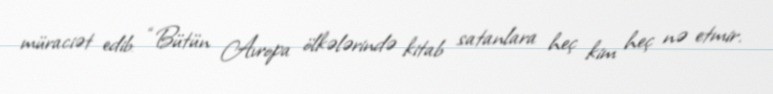
müraciət edib: “Bütün Avropa ölkələrində kitab satanlara heç kim heç nə etmir.